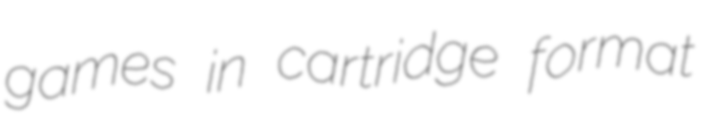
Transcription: games in cartridge format